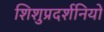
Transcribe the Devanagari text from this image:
शिशुप्रदर्शनियों